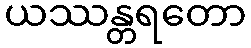
ယဿန္တရတော